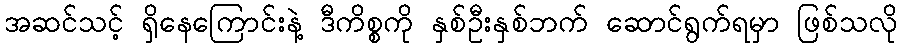
အဆင်သင့် ရှိနေကြောင်းနဲ့ ဒီကိစ္စကို နှစ်ဦးနှစ်ဘက် ဆောင်ရွက်ရမှာ ဖြစ်သလို